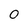
Character: 0